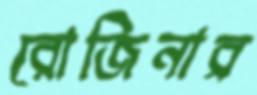
রোজিনার